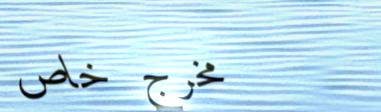
مخرج خاص